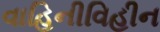
વાહિનીવિહીન